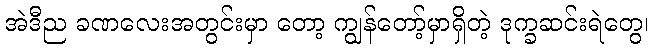
အဲဒီည ခဏလေးအတွင်းမှာ တော့ ကျွန်တော့်မှာရှိတဲ့ ဒုက္ခဆင်းရဲတွေ၊